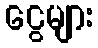
ငွေများ